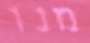
מנו